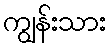
ကျွန်းသား